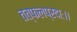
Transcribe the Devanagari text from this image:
तत्फलप्रदाः।।